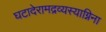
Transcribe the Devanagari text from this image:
घटादेरामद्रव्यस्याग्निना